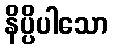
နိပ္ပိပါသော